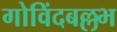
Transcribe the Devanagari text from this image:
गोविंदबल्लभ